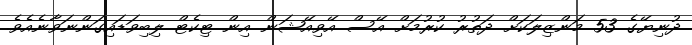
ދުނިޔޭގެ 53 މަންޒިލަކަށް ދަތުރު ކުރުމަށް އޭސް އޭވިއޭޝަން އިން ޓިކެޓް ލިބިވަޑައިގަންނަވާނެއެވެ.